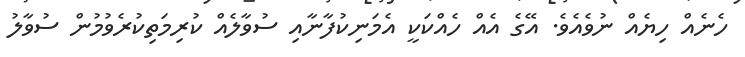
ހެނެއް ހިޔެއް ނުވެއެވެ. އޭގެ އެއް ހެއްކަކީ އެމަނިކުފާނާއި ސުވާލެއް ކުރިމަތިކުރެވުމުން ސުވާލު